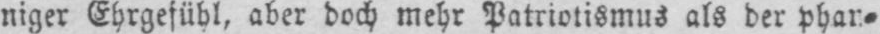
niger Ehrgefühl, aber doch mehr Patriotismus als der phan⸗